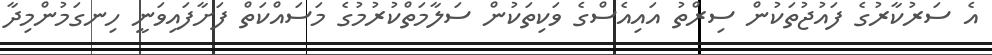
އެ ސަރުކާރުގެ ފައުޖުތަކުން ސިރްތު އައިއެސްގެ ވަކިތަކުން ސަލާމަތްކުރުމުގެ މަސައްކަތް ފަށާފައިވަނީ ހިނގަމުންމިދާ